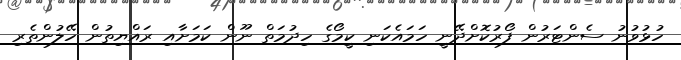
ހުޅުވުނު ސެންޓަރުން ފޯރުކޮށްދޭނީ ހަމައެކަނި ކީމޯގެ ހިދުމަތް ނޫން ކަމަށާއި ރައްޔިތުން ހޭލުންތެރި